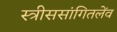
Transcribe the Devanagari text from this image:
स्त्रीससांगितलेंव